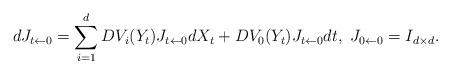
LaTeX: \begin{align*}dJ_{t\leftarrow 0}=\sum_{i=1}^{d}DV_i(Y_t)J_{t\leftarrow 0}dX_t+DV_0(Y_t)J_{t\leftarrow 0}dt,\ J_{0\leftarrow 0}=I_{d\times d}.\end{align*}